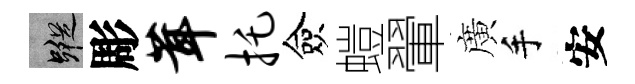
蹤彫茸托僉螘翬廣手安